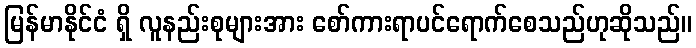
မြန်မာနိုင်ငံ ရှိ လူနည်းစုများအား စော်ကားရာပင်ရောက်စေသည်ဟုဆိုသည်။